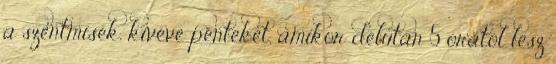
a szentmisék, kivéve pénteket, amikor délután 5 órától lesz